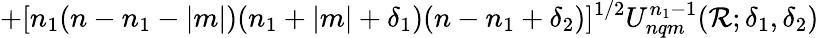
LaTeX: +[n_{1}(n-n_{1}-|m|)(n_{1}+|m|+\delta_{1})(n-n_{1}+\delta_{2})]^{1/2}U_{nqm}^{n_{1}-1}(\mathcal{R};\delta_{1},\delta_{2})